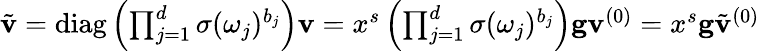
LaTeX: \begin{array}{r}{\tilde{\mathbf{v}}=\operatorname{diag}\left(\prod_{j=1}^{d}\sigma(\omega_{j})^{b_{j}}\right)\mathbf{v}=x^{s}\left(\prod_{j=1}^{d}\sigma(\omega_{j})^{b_{j}}\right)\mathbf{g}\mathbf{v}^{(0)}=x^{s}\mathbf{g}\tilde{\mathbf{v}}^{(0)}}\end{array}